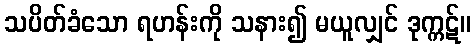
သပိတ်ခံသော ရဟန်းကို သနား၍ မယူလျှင် ဒုက္ကဋ်။